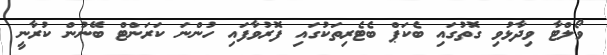
ވޯލްޓާ ވިދާޅުވި ގޮތުގައި ބެކަޕް ބެޓެރިތަކުގައި ފޮރުވާފައި ހުންނަ ކަރަންޓް ބޭނުން ކުރާނީ